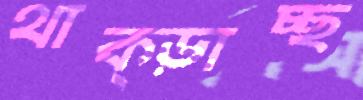
থাক্‌ড়াচ্ছ